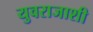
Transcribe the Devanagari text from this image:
युवराजाशी